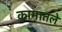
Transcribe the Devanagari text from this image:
कामातले